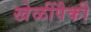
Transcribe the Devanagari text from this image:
खेळींपैकी